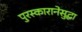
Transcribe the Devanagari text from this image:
पुरस्कारानेसुद्धा